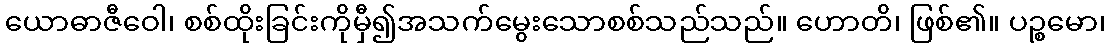
ယောဓာဇီဝေါ၊ စစ်ထိုးခြင်းကိုမှီ၍အသက်မွေးသောစစ်သည်သည်။ ဟောတိ၊ ဖြစ်၏။ ပဉ္စမော၊